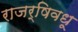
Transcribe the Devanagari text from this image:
राजर्षिवधू